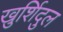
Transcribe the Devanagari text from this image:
खुर्शिदुल